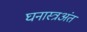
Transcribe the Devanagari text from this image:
घनास्त्रअंत